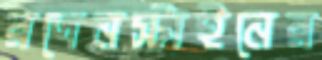
রদেনস্টাইনের